Insane asylums in Bengal annual reports 1867-1875 - 1867-1875
Year: 1867
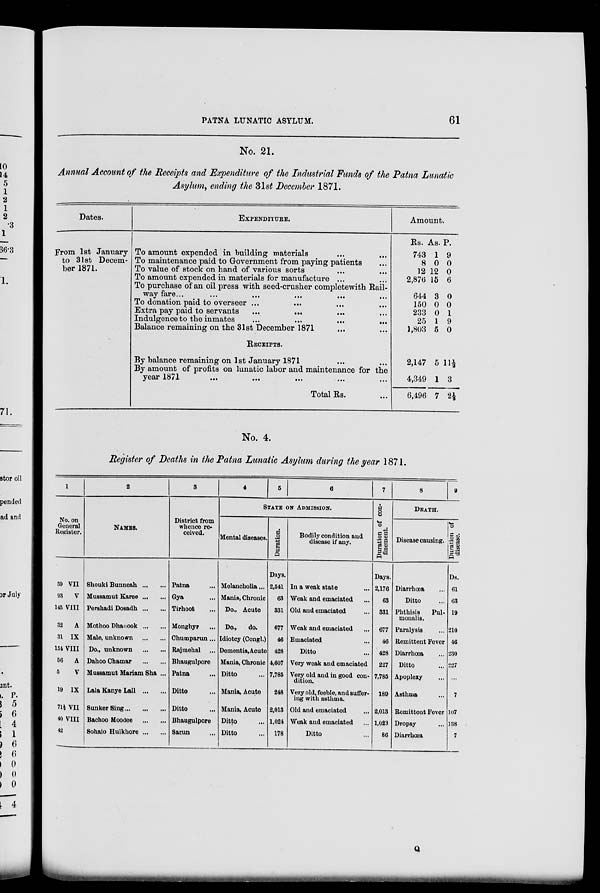
PATNA LUNATIC ASYLUM.
61
No. 21.
Annual Account of the Receipts and Expenditure of the Industrial Funds of the Patna Lunatic
Asylum, ending the 31st December 1871.
Dates.
From 1st January
to 31st Decem-
ber 1871.
EXPENDITURE.
To amount expended in building materials ... ...
To maintenance paid to Government from paying patients ...
To value of stock on hand of various sorts ... ...
To amount expended in materials for manufacture ... ...
To purchase of an oil press with seed-crusher completewith Rail-
way fare...
...
...
...
... ...
To donation paid to overseer ... ... ... ...
Extra pay paid to servants
...
... ... ...
Indulgence to the inmates ... ... ... ...
Balance remaining on the 31st December 1871 ... ...
RECEIPTS.
By balance remaining on 1st January 1871 ... ...
By amount of profits on lunatic labor and maintenance for the
year 1871
...
...
... ... ...
Total Rs. ...
Amount.
Rs.
743
8
12
2,876
644
150
233
25
1,803
As.
1
0
12
15
3
0
0
1
5
P.
9
0
0
6
0
0
1
9
0
2,147
4,349
6,496
5
1
7
11½
3
2½
No. 4.
Register of Deaths in the Patna Lunatic Asylum during the year 1871.
1
No. on
General
Register.
59 VII
93 V
145 VIII
32 A
31 IX
154 VIII
56 A
5
V
19 IX
71½VII
40 VIII
42
2
NAMES.
Shouki Bunneah ... ...
Mussamut Karee ... ...
Pershadi Dosadh ... ...
Mothoo Dhanook ... ...
Male, unknown
...
...
Do., unknown
...
...
Dahoo Chamar
...
...
Mussamut Mariam Sha ...
Lala Kanye Lall ... ...
Sunker Sing ... ... ...
Bachoo Moodee
...
...
Sohaio Hulkhore ... ...
3
District from
whence re-
ceived.
Patna ...
Gya ...
Tirhoot ...
Monghyr ...
Chumparun ...
Rajmehal ...
Bhaugulpore
Patna ...
Ditto ...
Ditto ...
Bhaugulpore
Sarun ...
4
5
6
STATE ON ADMISSION.
Mental diseases.
Melancholia...
Mania, Chronic
Do., Acute
Do.,
do.
Idiotcy (Congl.)
Dementia,Acute
Mania, Chronic
Ditto ...
Mania, Acute
Mania, Acute
Ditto ...
Ditto ...
Duration.
Days.
2,541
63
331
677
46
428
4,607
7,785
248
2,013
1,024
178
Bodily condition and
disease if any.
In a weak state ...
Weak and emaciated ...
Old and emaciated ...
Weak and emaciated ...
Emaciated ...
Ditto ...
Very weak and emaciated
Very old and in good con-
dition.
Very old, feeble, and suffer-
ing with asthma.
Old and emaciated ...
Weak and emaciated ...
Ditto ...
7
Duration of con-
finement.
Days.
2,176
63
331
677
46
428
227
7,785
189
2,013
1,023
86
8
DEATH.
Disease causing.
Diarrhœa ...
Ditto ...
Phthisis
Pul-
monalis.
Paralysis ...
Remittent Fever
Diarrhœa ...
Ditto ...
Apoplexy ...
Asthma ...
Remittent Fever
Dropsy ...
Diarrhœa
9
Duration of
disease.
Ds.
61
63
19
210
46
230
227
...
7
107
138
7
Q